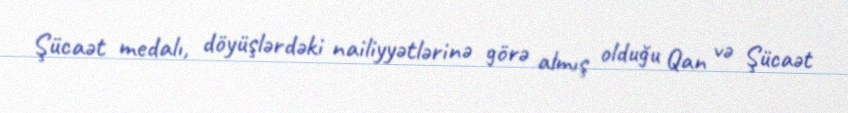
Şücaət medalı, döyüşlərdəki nailiyyətlərinə görə almış olduğu Qan və Şücaət